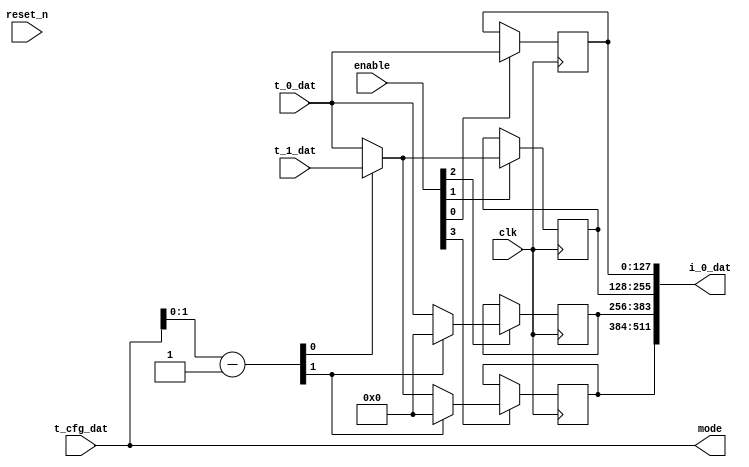


// 2

module defunnel_dat_3_1 (

    input        [127:0] t_0_dat,
    input        [127:0] t_1_dat,
    input        [7:0] t_cfg_dat, // config
    output       [511:0] i_0_dat,
    input        [7:0] enable,
    output       [7:0] mode,
    input clk, reset_n
);

assign mode = t_cfg_dat;

wire [1:0] reduct; assign reduct = mode[1:0];

// form reduct  sel
// 4:8  4       011
// 2:8  2       001
// 1:8  1       000

wire [1:0] sel; assign sel = reduct - 2'b1;


wire [127:0] dat0_0; assign dat0_0 = t_0_dat;
wire [127:0] dat0_1; assign dat0_1 = t_1_dat;
wire [127:0] dat0_2; assign dat0_2 = 0;
wire [127:0] dat0_3; assign dat0_3 = 0;


wire [127:0] dat1_0; assign dat1_0 = dat0_0;
wire [127:0] dat1_1; assign dat1_1 = sel[0] ? dat0_1 : dat0_0;
wire [127:0] dat1_2; assign dat1_2 = dat0_2;
wire [127:0] dat1_3; assign dat1_3 = dat0_3;
wire [127:0] dat2_0; assign dat2_0 = dat1_0;
wire [127:0] dat2_1; assign dat2_1 = dat1_1;
wire [127:0] dat2_2; assign dat2_2 = sel[1] ? dat1_2 : dat1_0;
wire [127:0] dat2_3; assign dat2_3 = sel[1] ? dat1_3 : dat1_1;


// final flops

reg [127:0] dat0; always @(posedge clk) if (enable[0]) dat0 <= dat2_0;
reg [127:0] dat1; always @(posedge clk) if (enable[1]) dat1 <= dat2_1;
reg [127:0] dat2; always @(posedge clk) if (enable[2]) dat2 <= dat2_2;
reg [127:0] dat3; always @(posedge clk) if (enable[3]) dat3 <= dat2_3;
//

// final concatination
assign i_0_dat = {dat3, dat2, dat1, dat0};

endmodule